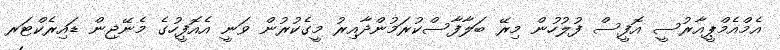
އެމްއެމްޕީއާރުސީ އޮފީސް ފުލުހުން މިރޭ ބަލާފާސްކުރަމުންދާއިރު މީގެކުރުން ވަނީ އެއޮފީހުގެ މެނޭޖިން ޑައިރެކްޓަރ